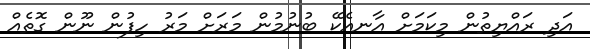
އަދި ރައްޔިތުން މިކަމަށް އާނއެކޭ ބުނުމުން މަރަށް މަރު ހިފުން ނޫން ގޮތެއް